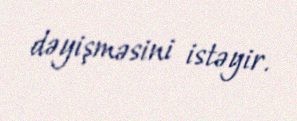
dəyişməsini istəyir.